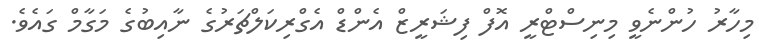
މިހާރު ހުންނެވީ މިނިސްޓްރީ އޮފް ފިޝަރީޒް އެންޑް އެގްރިކަލްޗަރުގެ ނާއިބުގެ މަގާމް ގައެވެ.